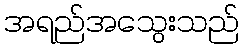
အရည်အသွေးသည်